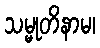
သမ္မုတိနာမ၊